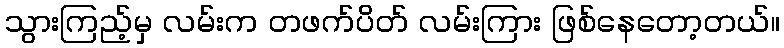
သွားကြည့်မှ လမ်းက တဖက်ပိတ် လမ်းကြား ဖြစ်နေတော့တယ်။